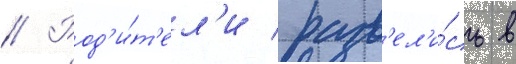
// Род'и́т'ел'и разв'ел'и́сь в